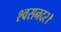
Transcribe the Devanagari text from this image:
श्वसनदर।